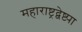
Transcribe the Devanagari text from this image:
महाराष्ट्रद्वेष्ट्या